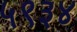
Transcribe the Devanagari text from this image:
५९३४